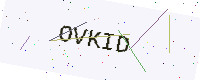
Text: OVKID